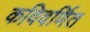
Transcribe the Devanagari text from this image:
कविवर्णित